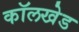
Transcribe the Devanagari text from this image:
कॉलखेड